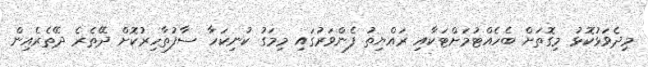
މިދެވަޅުކޮޅު މިގޮތަށް ބެހެއްޓުމަށްޓަކާއި ރައްޔިތު ފެންވަރުގައި މިމަގު ކުނިކަހާ ސާފުތާހިރުކޮށް ދޭތެރެ ދޭތެރެއިން